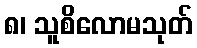
၈၊ သူစိလောမသုတ်